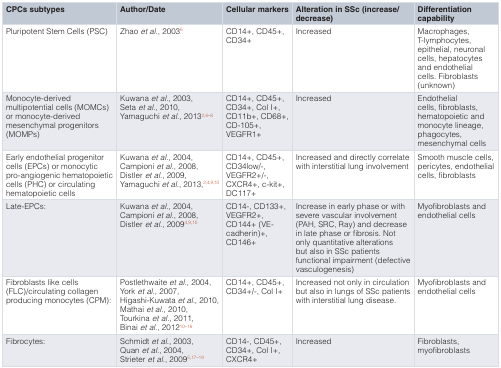
| CPCs subtypes | Author/Date | Cellular markers | Alteration in SSc (increase/decrease) | Differentiationcapability |
 | --- | --- | --- | --- | --- |
 | Pluripotent Stem Cells (PSC) | Zhaoet al., 20036 | CD14+, CD45+,CD34+ | Increased | Macrophages,T-lymphocytes,epithelial, neuronalcells, hepatocytesand endothelialcells. Fibroblasts(unknown) |
 | Monocyte-derivedmultipotential cells (MOMCs)or monocyte-derivedmesenchymal progenitors(MOMPs) | Kuwanaet al., 2003,Setaet al., 2010,Yamaguchiet al., 20132,6–8 | CD14+, CD45+,CD34+, Col I+,CD11b+, CD68+,CD-105+,VEGFR1+ | Increased | Endothelialcells, fibroblasts,hematopoietic andmonocyte lineage,phagocytes,mesenchymal cells |
 | Early endothelial progenitorcells (EPCs) or monocyticpro-angiogenic hematopoieticcells (PHC) or circulatinghematopoietic cells | Kuwanaet al., 2004,Campioniet al., 2008,Distleret al., 2009,Yamaguchiet al., 2013,2,4,9,10 | CD14+, CD45+,CD34low/-,VEGFR2+/-,CXCR4+, c-kit+,DC117+ | Increased and directly correlatewith interstitial lung involvement | Smooth muscle cells,pericytes, endothelialcells, fibroblasts |
 | Late-EPCs: | Kuwanaet al., 2004,Campioniet al., 2008,Distleret al., 20094,9,10 | CD14-, CD133+,VEGFR2+,CD144+ (VE-cadherin)+,CD146+ | Increase in early phase or withsevere vascular involvement(PAH, SRC, Ray) and decreasein late phase or fibrosis. Notonly quantitative alterationsbut also in SSc patientsfunctional impairment (defectivevasculogenesis) | Myofibroblasts andendothelial cells |
 | Fibroblasts like cells(FLC)/circulating collagenproducing monocytes (CPM): | Postlethwaiteet al., 2004,Yorket al., 2007,Higashi-Kuwataet al., 2010,Mathaiet al., 2010,Tourkinaet al., 2011,Binaiet al., 201210–16 | CD14+, CD45+,CD34+/-, Col I+ | Increased not only in circulationbut also in lungs of SSc patientswith interstitial lung disease. | Myofibroblasts andendothelial cells |
 | Fibrocytes: | Schmidtet al., 2003,Quanet al., 2004,Strieteret al., 20095,17–19 | CD14-, CD45+,CD34+, Col I+,CXCR4+ | Increased | Fibroblasts,myofibroblasts |